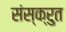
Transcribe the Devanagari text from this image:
संस्क्रुत